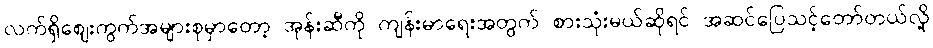
လက်ရှိဈေးကွက်အများစုမှာတော့ အုန်းဆီကို ကျန်းမာရေးအတွက် စားသုံးမယ်ဆိုရင် အဆင်ပြေသင့်တော်တယ်လို့